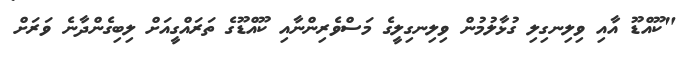
"ކޫއްޑޫ އާއި ވިލިނގިލި ގުޅާލުމުން ވިލިނގިލީގެ މަސްވެރިންނާއި ކޫއްޑޫގެ ތަރައްގީއަށް ލިބިގެންދާނެ ވަރަށް